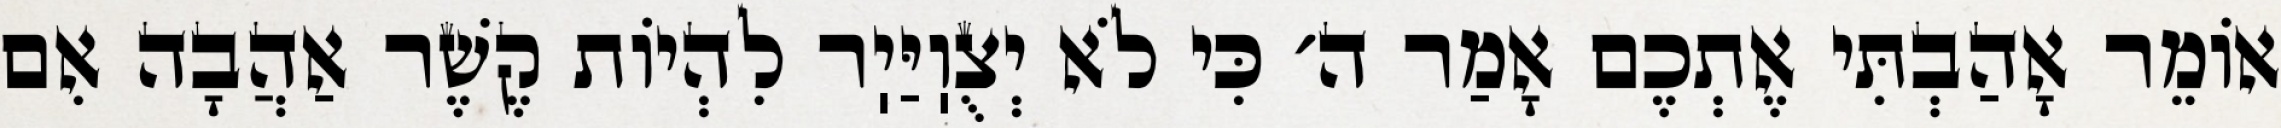
אוֹמֵר אָהַבְתִּי אֶתְכֶם אָמַר ה׳ כִּי לֹא יְצֻוֽיַּיֽר לִהְיוֹת קֶשֶׁר אַהֲבָה אִם